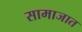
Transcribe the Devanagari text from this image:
सामाजात